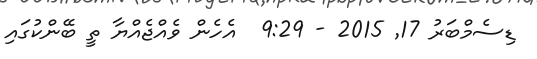
ޑިސެމްބަރު 17